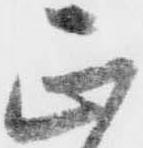
正